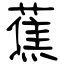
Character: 蕉